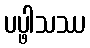
ပပ္ဖါသဿ